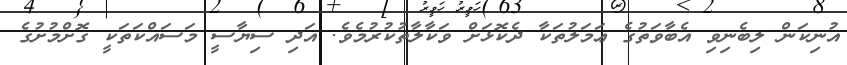
އުނިކަން ލިބެނިވި އެބާވަތުގެ ޢަމަލުތަކާ ދެކޮޅަށް ވަކާލާތުކުރުމެވެ. އަދި ސިޔާސީ މަސައްކަތަކީ ގޮށްމުށުގެ